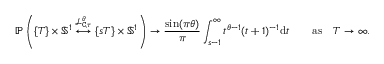
\mathbb { P } \left( \{ T \} \times \mathbb { S } ^ { 1 } \overset { \mathcal { L } _ { \mathtt { C } , \tau } ^ { \theta } } { \longleftrightarrow } \{ s T \} \times \mathbb { S } ^ { 1 } \right) \to \frac { \sin ( \pi \theta ) } { \pi } \int _ { s - 1 } ^ { \infty } t ^ { \theta - 1 } ( t + 1 ) ^ { - 1 } \mathrm { d } t \quad \quad \mathrm { a s } \quad T \to \infty .